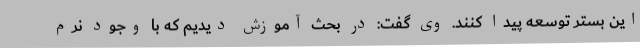
این بستر توسعه پیدا کنند. وی گفت: در بحث آموزش دیدیم که با وجود نرم